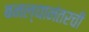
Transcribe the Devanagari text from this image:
बनल्यानंतरची